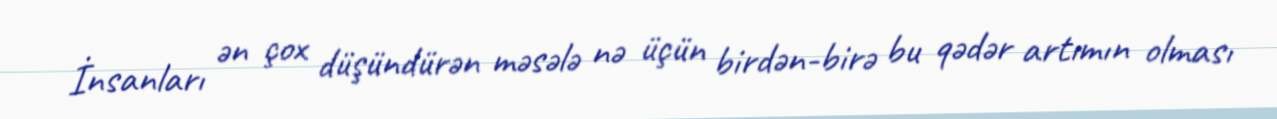
İnsanları ən çox düşündürən məsələ nə üçün birdən-birə bu qədər artımın olması